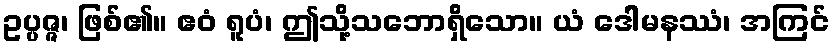
ဥပ္ပဇ္ဇ၊ ဖြစ်၏။ ဧဝံ ရူပံ၊ ဤသို့သဘောရှိသော။ ယံ ဒေါမနဿံ၊ အကြင်